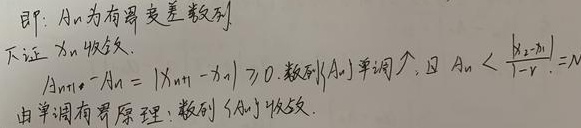
即：\(A_n\)为有界变差数列。下证\(x_n\)收敛。
\(\vert A_{n + 1}-A_{n}\vert=\vert x_{n + 1}-x_{n}\vert\geq0\)，故数列\(\{A_n\}\)单调升。且\(A_{n}<\frac{\vert x_{1}-x_{0}\vert}{1 - r}=N\)。由单调有界原理，数列\(\{A_n\}\)收敛。